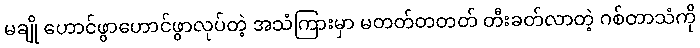
မချို ဟောင်ဖွာဟောင်ဖွာလုပ်တဲ့ အသံကြားမှာ မတတ်တတတ် တီးခတ်လာတဲ့ ဂစ်တာသံကို